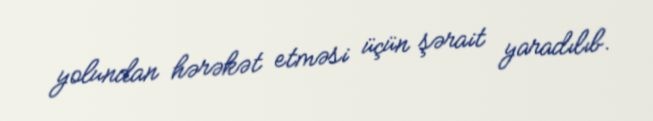
yolundan hərəkət etməsi üçün şərait yaradılıb.